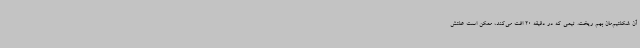
آن شکلتیم‌مان بهم ریخت. تیمی که در دقیقه 20 افت می‌کند، ممکن است علتش